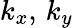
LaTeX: k_{x},\, k_{y}